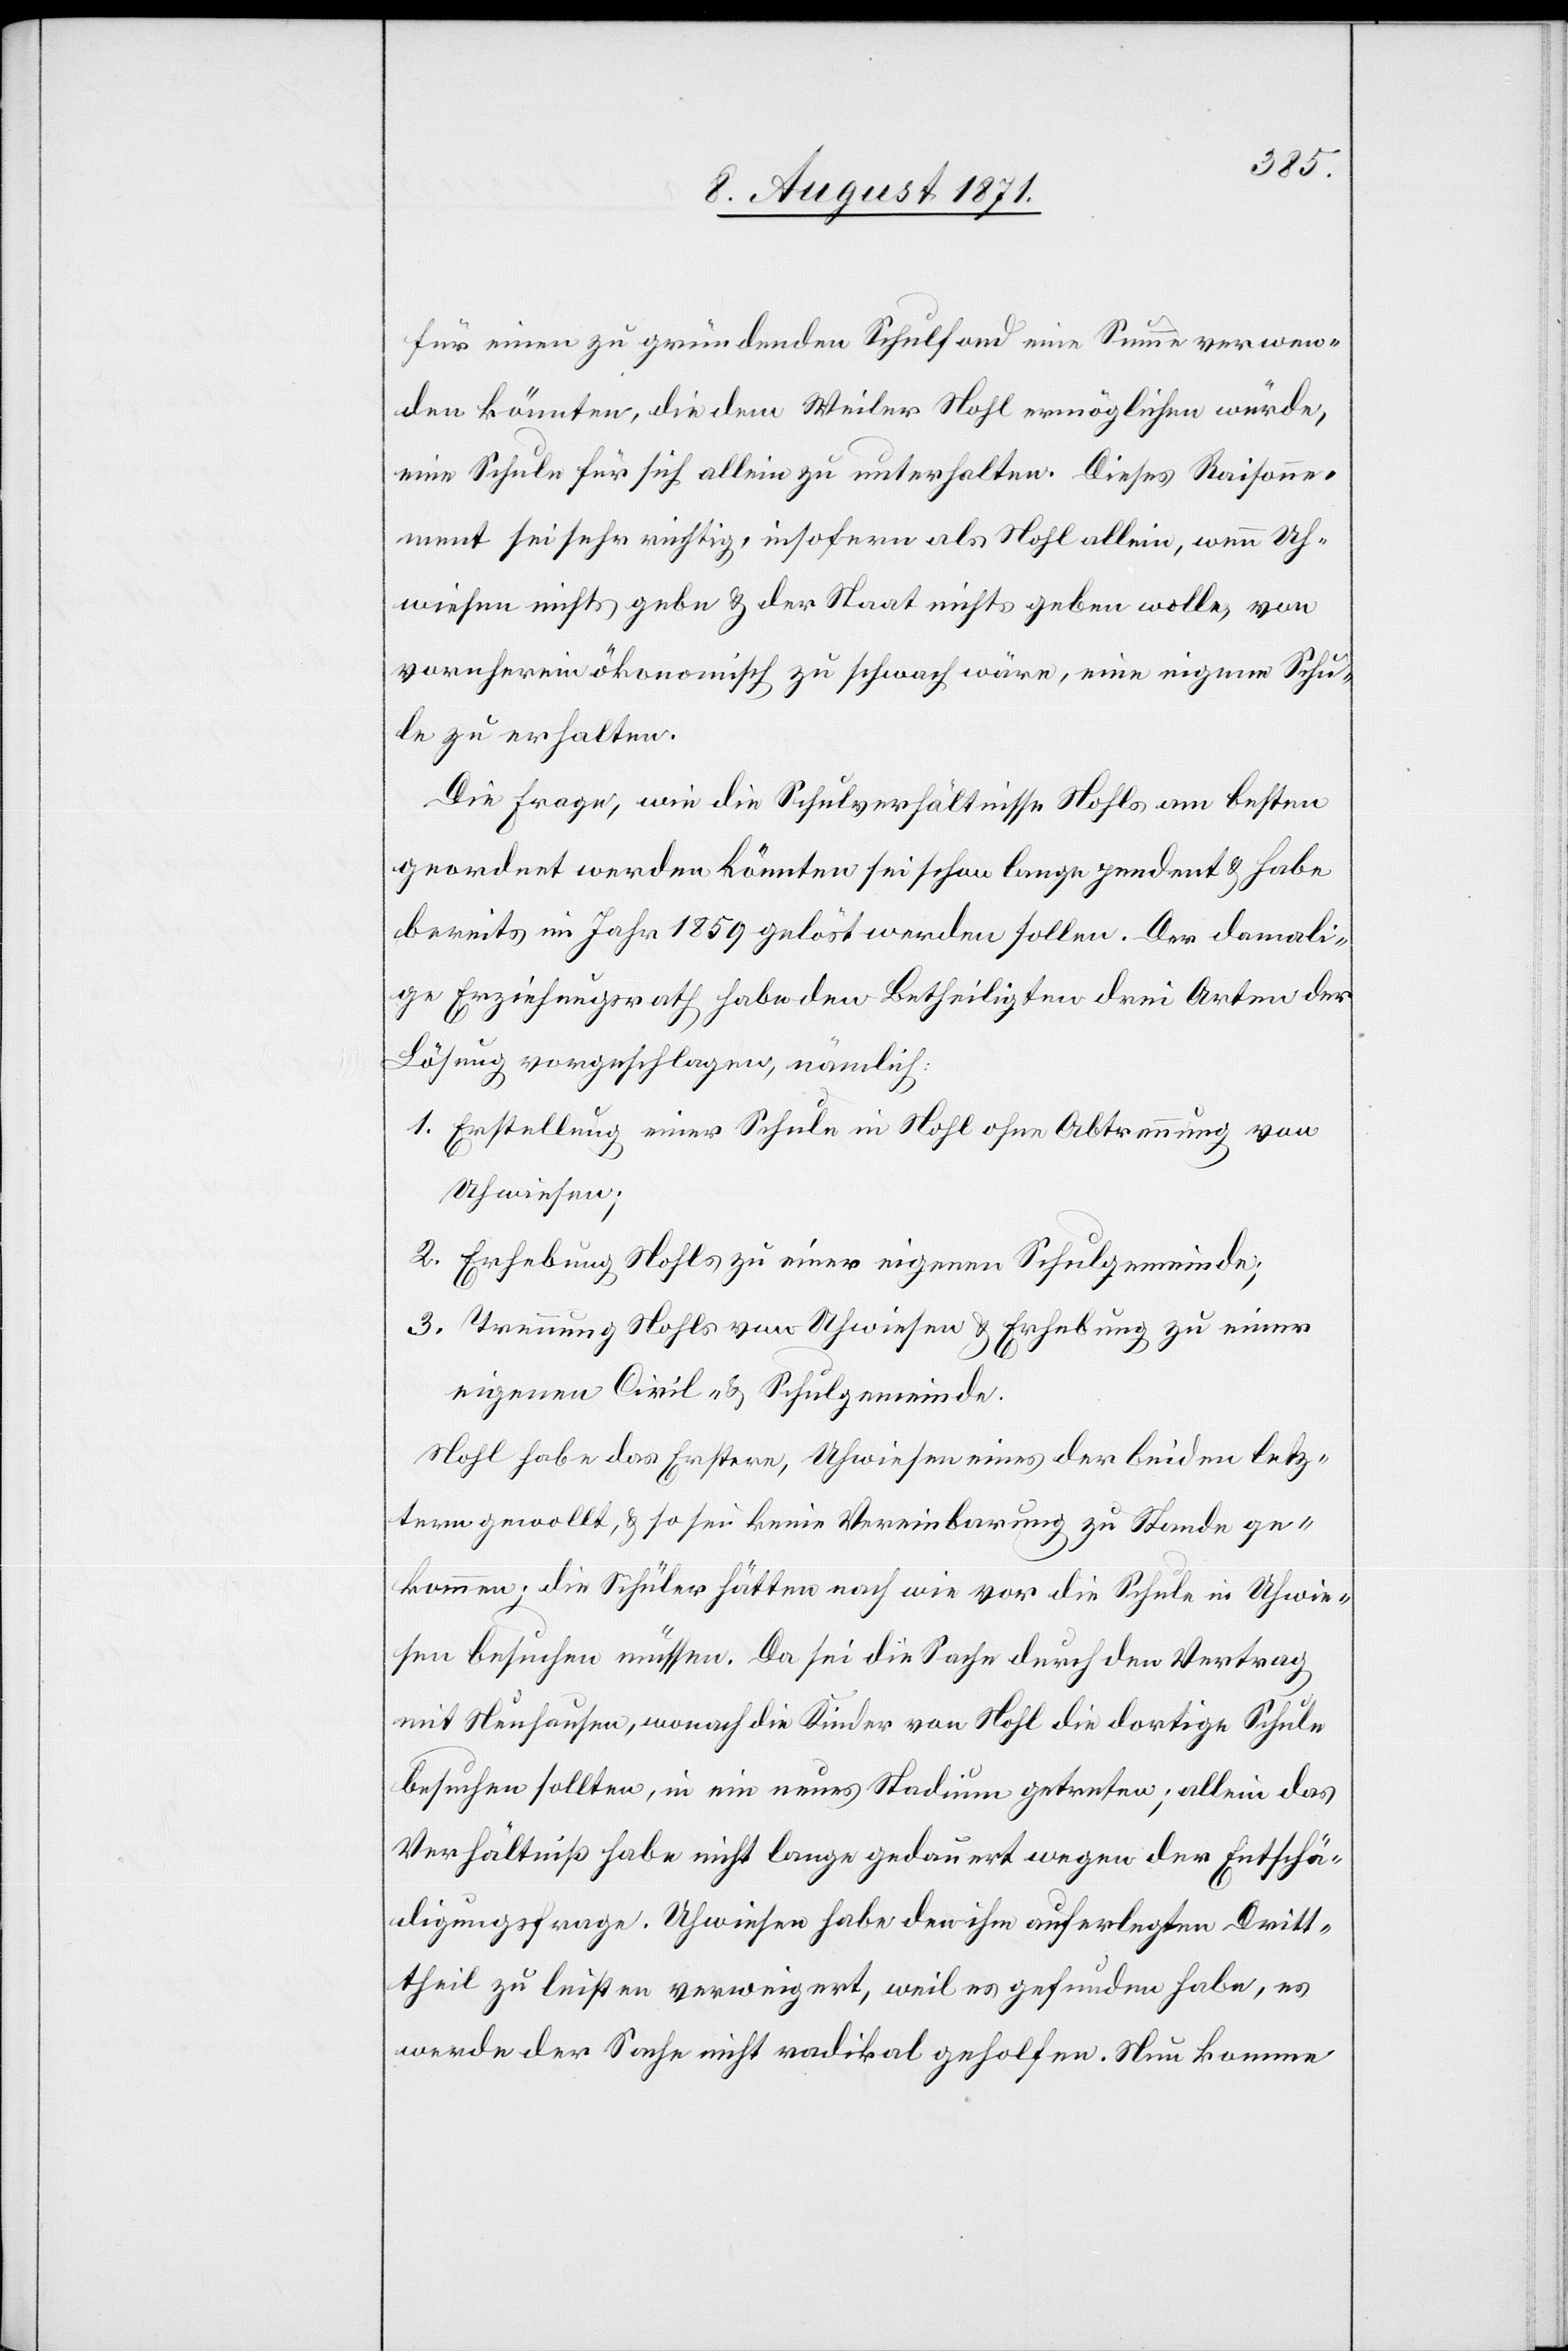
für einen zu gründenden Schulfond eine Summe verwen¬
den könnten, die dem Weiler Nohl ermöglichen würde,
eine Schule für sich allein zu unterhalten. Dieses Raisonne¬
ment sei sehr wichtig, insofern als Nohl allein, wenn Uh¬
wiesen nichts gebe & der Staat nichts geben wolle, von
vornherein ökonomisch zu schwach wäre, eine eigene Schu¬
le zu erhalten.
Die Frage, wie die Schulverhältnisse Nohls am besten
geordnet werden könnten sei schon lange pendent & habe
bereits im Jahr 1859 gelöst werden sollen. Der damali¬
ge Erziehungsrath habe den Betheiligten drei Arten der
Lösung vorgeschlagen, nämlich:
1. Erstellung einer Schule in Nohl ohne Abtrennung von
Uhwiesen;
2. Erhebung Nohls zu einer eigenen Schulgemeinde;
3. Trennung Nohls von Uhwiesen & Erhebung zu einer
eigenen Civil- & Schulgemeinde.
Nohl habe das Erstere, Uhwiesen eines der beiden letz¬
teren gewollt, & so sei keine Vereinbarung zu Stande ge¬
kommen; die Schüler hätten nach wie vor die Schule in Uhwie¬
sen besuchen müssen. Da sie die Sache durch den Vertrag
mit Neuhausen, wonach die Kinder von Nohl die dortige Schule
besuchen sollten, in ein neues Stadium getreten; allein das
Verhältniß habe nicht lange gedauert wegen der Entschä¬
digungsfrage. Uhwiesen habe den ihm auferlegten Dritt¬
theil zu leisten verweigert, weil es gefunden habe, es
werde der Sache nicht radikal geholfen. Nun komme